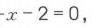
\(x - 2 = 0\)，